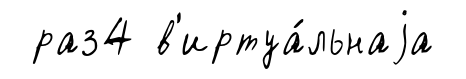
раз4 в'иртуа́льнаjа